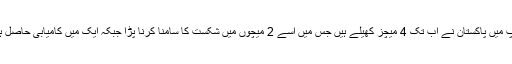
خیال رہے کہ انگلینڈ میں جاری ورلڈکپ میں پاکستان نے اب تک 4 میچز کھیلے ہیں جس میں اسے 2 میچوں میں شکست کا سامنا کرنا پڑا جبکہ ایک میں کامیابی حاصل ہوئی اور ایک میچ بارش کی نذر ہو گیا۔